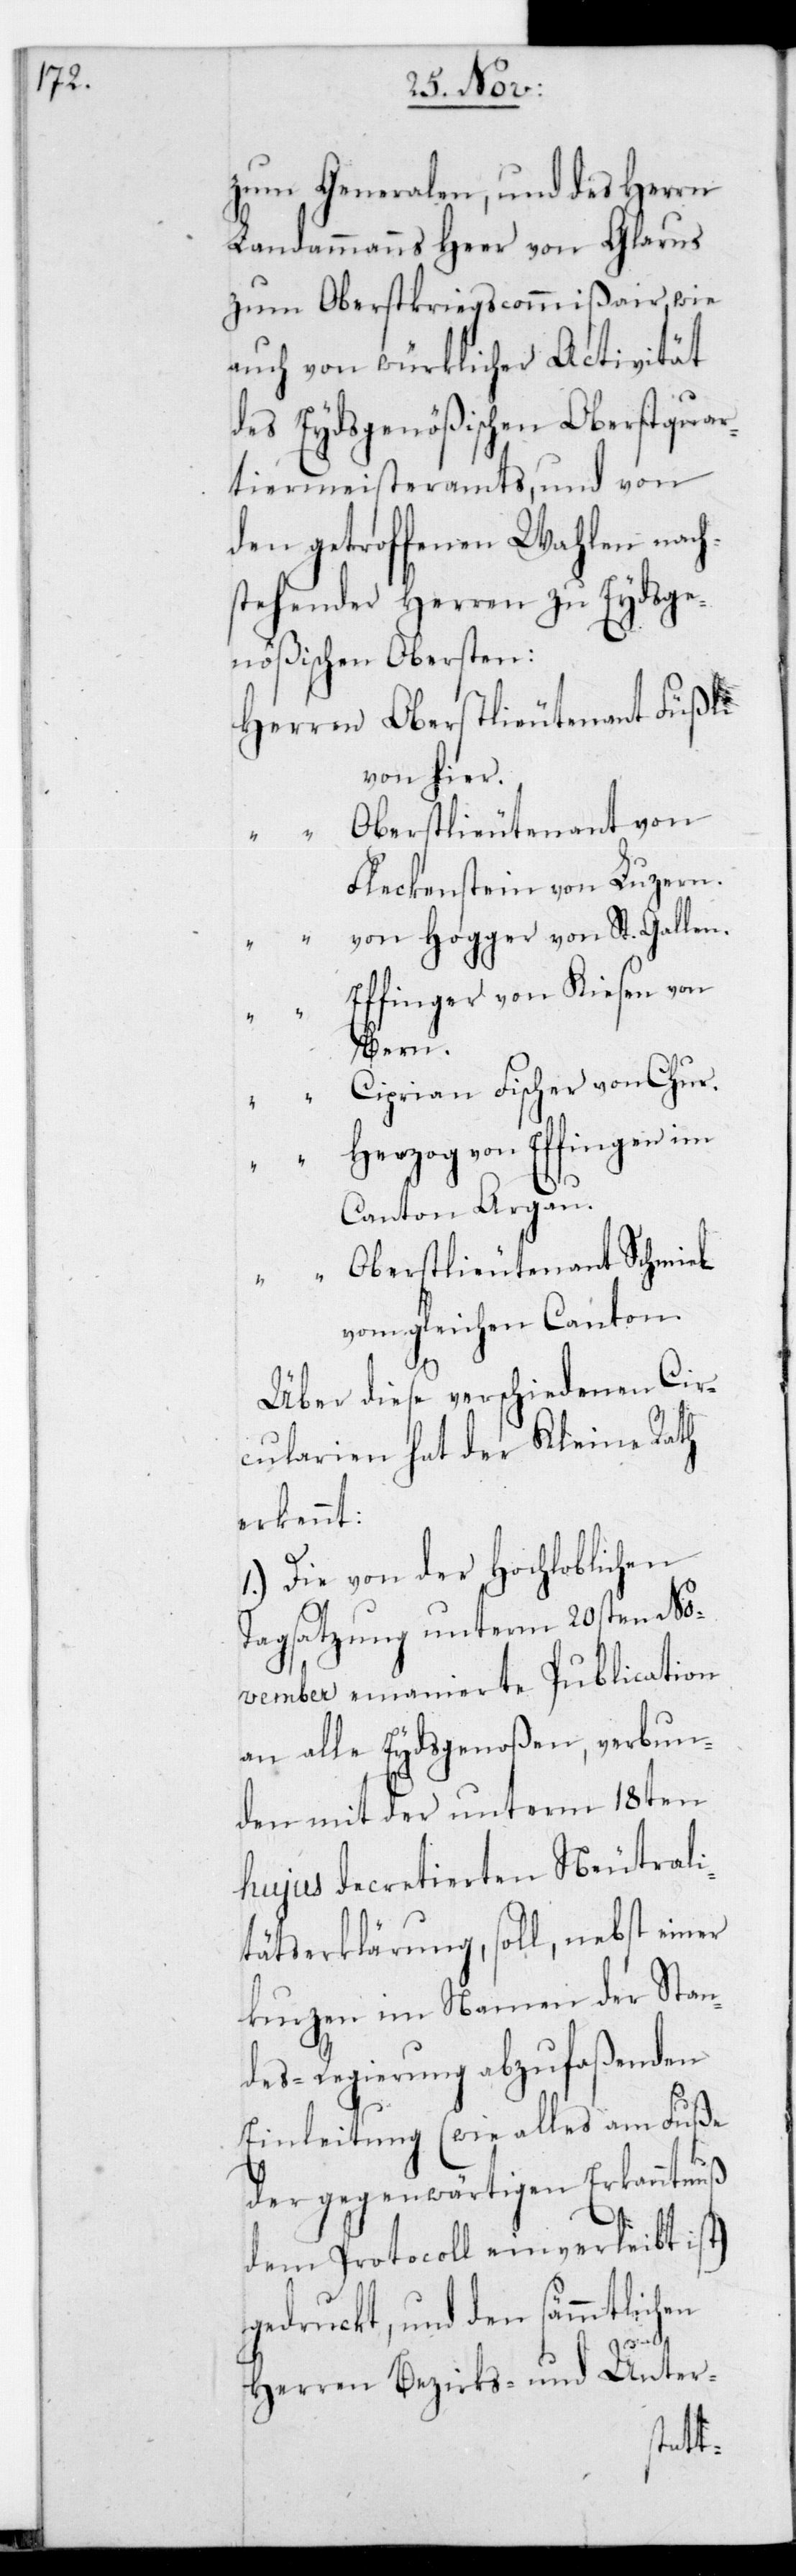
zum Generalen, und des Herrn
Landammanns Heer von Glarus
zum Oberstkriegscommißair, wie
auch von würklicher Activität
des Eydsgenößischen Oberstquar¬
tiermeisteramts, und von
den getroffenen Wahlen nach¬
stehender Herren zu Eydsge¬
nößischen Obersten
Herren Oberstlieutenant Füßli
von hier.
Oberstlieutenant von
Fleckenstein von Luzern.
von Hogger von St. Gallen.
Effinger von Kiesen von
Bern.
Ciprian Fischer von Chur.
Herzog von Effingen im
Canton Aargau.
“ Oberstlieutenant Schmied
vom gleichen Canton.
Über diese verschiedenen Cir¬
cularien hat der Kleine Rath
erkennt:
1.) Die von der Hochloblichen
Tagsatzung unterm 20sten No¬
vember emanierte Publication
an alle Eydsgenoßen, verbun¬
den mit der unterm 18ten
hujus decretierten Neutrali¬
tätserklärung, soll, nebst einer
kurzen im Namen der Stan¬
desregierung abzufaßenden
Einleitung (wie alles am Fuße
der gegenwärtigen Erkanntnuß
dem Protocoll einverleibt ist)
gedruckt, und den sämmtlichen
Herren Bezirks- und Unter-